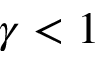
\gamma < 1